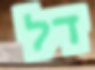
דל